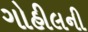
ગોહીલની